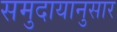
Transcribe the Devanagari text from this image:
समुदायानुसार